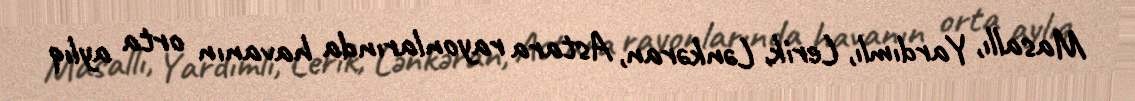
Masallı, Yardımlı, Lerik, Lənkəran, Astara rayonlarında havanın orta aylıq